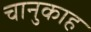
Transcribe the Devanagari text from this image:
चानुकाह